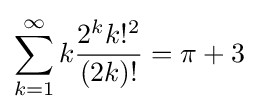
\sum _{k=1}^{\infty }k{\frac {2^{k}k!^{2}}{(2k)!}}=\pi +3